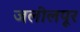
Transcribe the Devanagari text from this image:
जलीलपूर